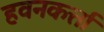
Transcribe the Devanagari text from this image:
हवनकर्त्ता